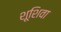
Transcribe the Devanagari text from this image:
शूशिवा